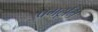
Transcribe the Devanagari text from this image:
प्रगटूनि